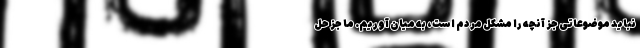
نباید موضوعاتی جز آنچه را مشکل مردم است، به میان آوریم. ما جز حل